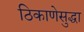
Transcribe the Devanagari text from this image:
ठिकाणेसुद्धा